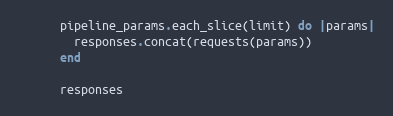
Language: Ruby
      pipeline_params.each_slice(limit) do |params|
        responses.concat(requests(params))
      end

      responses